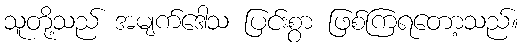
သူတို့သည် အမျက်ဒေါသ ပြင်းစွာ ဖြစ်ကြရတော့သည်။